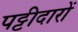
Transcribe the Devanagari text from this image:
पट्टीदारों